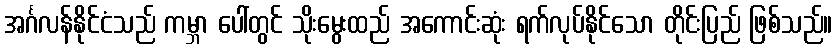
အင်္ဂလန်နိုင်ငံသည် ကမ္ဘာ ပေါ်တွင် သိုးမွေးထည် အကောင်းဆုံး ရက်လုပ်နိုင်သော တိုင်းပြည် ဖြစ်သည်။